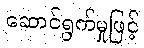
ဆောင်ရွက်မှုဖြင့်